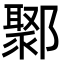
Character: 鄹